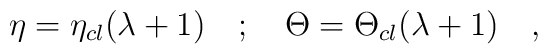
\eta =\eta _{cl}(\lambda +1)\quad ;\quad \Theta =\Theta _{cl}(\lambda +1)\quad ,